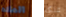
الماده نملكه